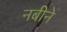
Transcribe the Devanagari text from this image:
नबीने